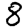
Digit: 8